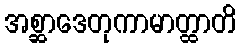
အစ္ဆာဒေတုကာမာတ္ထာတိ